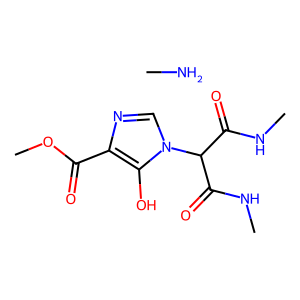
SMILES: CN.CNC(=O)C(C(=O)NC)n1cnc(C(=O)OC)c1O
Inhibits HIV replication: No